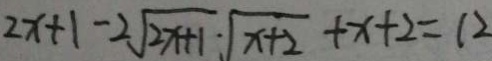
2 x + 1 - 2 \sqrt { 2 x + 1 } \cdot \sqrt { x + 2 } + x + 2 = 1 2